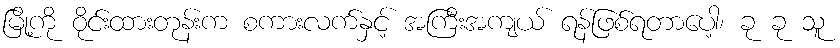
မြို့ကို ဝိုင်းထားတုန်းက စကားလက်နှင့် အကြီးအကျယ် ရန်ဖြစ်ရတာပေါ့၊ ခု ခု သူ